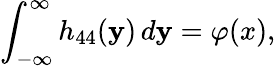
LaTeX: \int_{-\infty}^{\infty}h_{44}(\mathbf{y})\, d\mathbf{y}=\varphi(x),